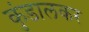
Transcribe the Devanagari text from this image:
कुंडालकर